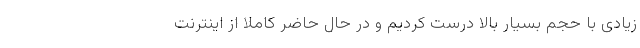
زیادی با حجم بسیار بالا درست کردیم و در حال حاضر کاملا از اینترنت